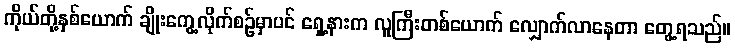
ကိုယ်တို့နှစ်ယောက် ချိုးကွေ့လိုက်စဉ်မှာပင် ရှေ့နားက လူကြီးတစ်ယောက် လျှောက်လာနေတာ တွေ့ရသည်။